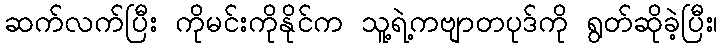
ဆက်လက်ပြီး ကိုမင်းကိုနိုင်က သူ့ရဲ့ကဗျာတပုဒ်ကို ရွတ်ဆိုခဲ့ပြီး၊